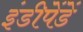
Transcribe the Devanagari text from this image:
इंडीपेंडें